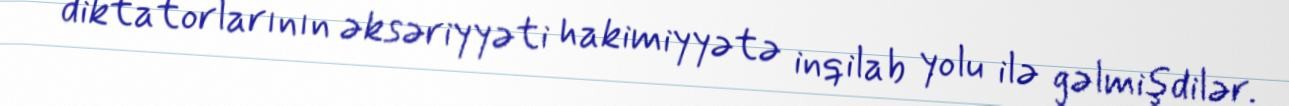
diktatorlarının əksəriyyəti hakimiyyətə inqilab yolu ilə gəlmişdilər.